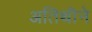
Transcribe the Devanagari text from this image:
अतिथीने